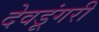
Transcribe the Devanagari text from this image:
देवडूंगरी